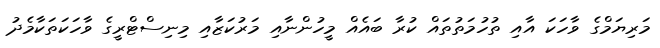
މަރިޔަމްގެ ވާހަކަ އާއި ތުހުމަތުތައް ކުރާ ބައެއް މީހުންނާއި މަރުކަޒާއި މިނިސްޓްރީގެ ވާހަކަތަކާމެދު